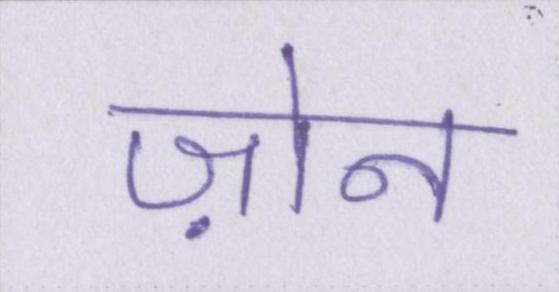
ज़ोन